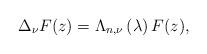
LaTeX: \begin{align*}\Delta _{\nu }F(z)=\Lambda _{n,\nu }\left( \lambda \right) F(z),\end{align*}